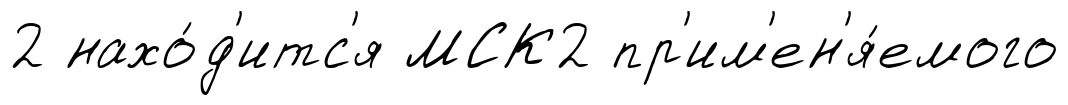
2 нахо́д'итс'я МСК2 пр'им'ен'я́емого